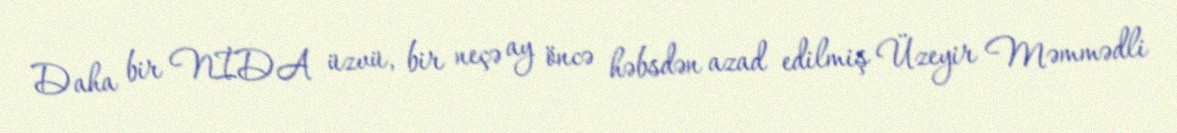
Daha bir NİDA üzvü, bir neçə ay öncə həbsdən azad edilmiş Üzeyir Məmmədli